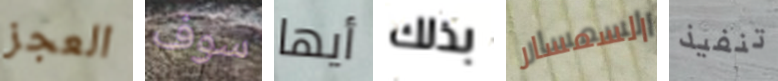
العجز سوف أيها بذلك السمسار تنفيذ